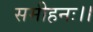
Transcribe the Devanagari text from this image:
समीहनः।।